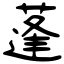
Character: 蓬